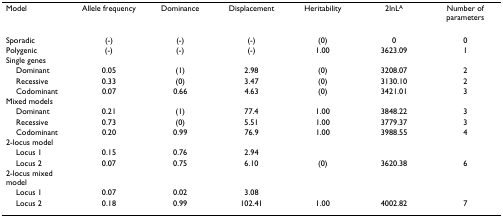
<table><thead><tr><td><b>Model</b></td><td><b>Allele frequency</b></td><td><b>Dominance</b></td><td><b>Displacement</b></td><td><b>Heritability</b></td><td><b>2lnL<sup>A</sup></b></td><td><b>Number of parameters</b></td></tr></thead><tbody><tr><td>Sporadic</td><td>(-)</td><td>(-)</td><td>(-)</td><td>(0)</td><td>0</td><td>0</td></tr><tr><td>Polygenic</td><td>(-)</td><td>(-)</td><td>(-)</td><td>1.00</td><td>3623.09</td><td>1</td></tr><tr><td>Single genes</td><td></td><td></td><td></td><td></td><td></td><td></td></tr><tr><td> Dominant</td><td>0.05</td><td>(1)</td><td>2.98</td><td>(0)</td><td>3208.07</td><td>2</td></tr><tr><td> Recessive</td><td>0.33</td><td>(0)</td><td>3.47</td><td>(0)</td><td>3130.10</td><td>2</td></tr><tr><td> Codominant</td><td>0.07</td><td>0.66</td><td>4.63</td><td>(0)</td><td>3421.01</td><td>3</td></tr><tr><td>Mixed models</td><td></td><td></td><td></td><td></td><td></td><td></td></tr><tr><td> Dominant</td><td>0.21</td><td>(1)</td><td>77.4</td><td>1.00</td><td>3848.22</td><td>3</td></tr><tr><td> Recessive</td><td>0.73</td><td>(0)</td><td>5.51</td><td>1.00</td><td>3779.37</td><td>3</td></tr><tr><td> Codominant</td><td>0.20</td><td>0.99</td><td>76.9</td><td>1.00</td><td>3988.55</td><td>4</td></tr><tr><td>2-locus model</td><td></td><td></td><td></td><td></td><td></td><td></td></tr><tr><td> Locus 1</td><td>0.15</td><td>0.76</td><td>2.94</td><td></td><td></td><td></td></tr><tr><td> Locus 2</td><td>0.07</td><td>0.75</td><td>6.10</td><td>(0)</td><td>3620.38</td><td>6</td></tr><tr><td>2-locus mixed model</td><td></td><td></td><td></td><td></td><td></td><td></td></tr><tr><td> Locus 1</td><td>0.07</td><td>0.02</td><td>3.08</td><td></td><td></td><td></td></tr><tr><td> Locus 2</td><td>0.18</td><td>0.99</td><td>102.41</td><td>1.00</td><td>4002.82</td><td>7</td></tr></tbody></table>